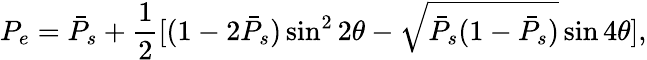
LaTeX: P_{e}=\bar{P}_{s}+{\frac{1}{2}}[(1-2\bar{P}_{s})\sin^{2}2\theta-\sqrt{\bar{P}_{s}(1-\bar{P}_{s})}\sin 4\theta],